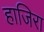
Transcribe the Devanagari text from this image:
हाजिरा